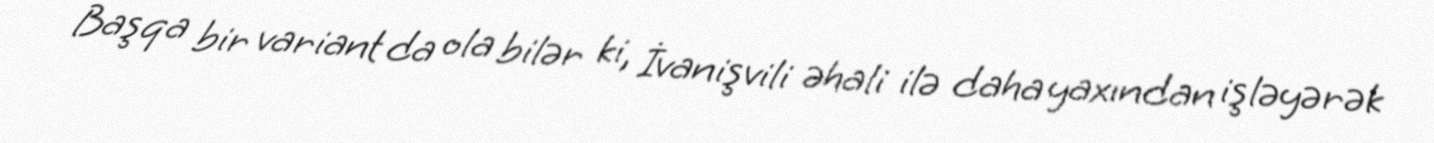
Başqa bir variant da ola bilər ki, İvanişvili əhali ilə daha yaxından işləyərək